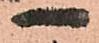
一